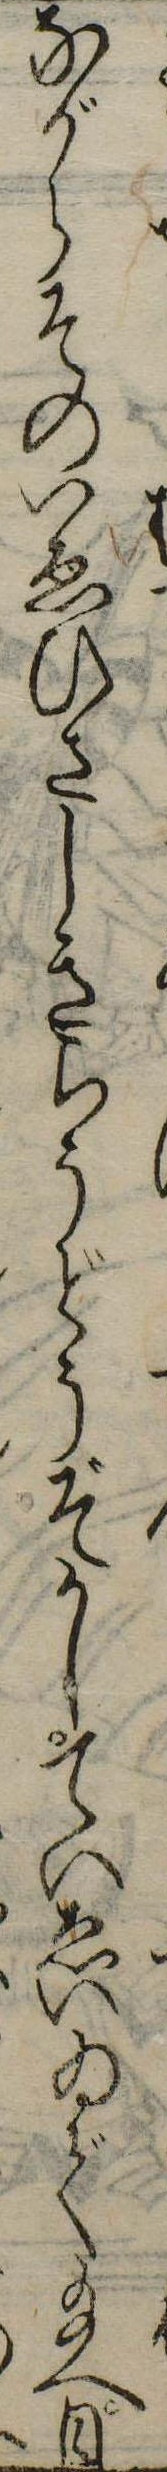
ながらそのいゑひさしきらうどうぞかしていゑいゐで給へ日